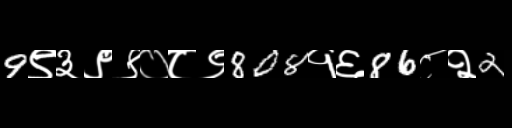
Text: 9९३९९०८९808१६86८२2